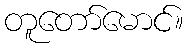
တူတော်မောင်။